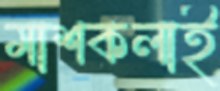
মাশকলাই